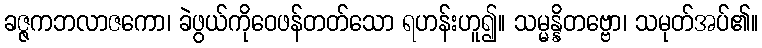
ခဇ္ဇကဘလာဇကော၊ ခဲဖွယ်ကိုဝေဖန်တတ်သော ရဟန်းဟူ၍။ သမ္မန္နိတဗ္ဗော၊ သမုတ်အပ်၏။